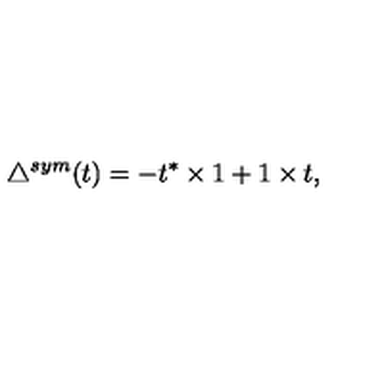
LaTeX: \triangle ^ { s y m } ( t ) = - t ^ { * } \times 1 + 1 \times t ,